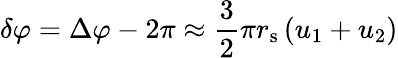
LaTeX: \delta\varphi=\Delta\varphi-2\pi\approx{\frac{3}{2}}\pi r_{\mathrm{s}}\left(u_{1}+u_{2}\right)